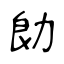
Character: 勆